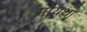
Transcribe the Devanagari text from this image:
मायथों